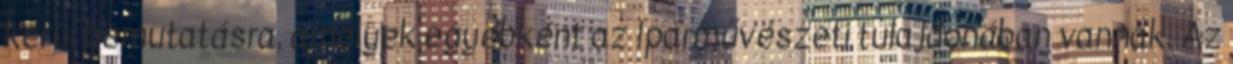
kerül bemutatásra, amelyek egyébként az Iparművészeti tulajdonában vannak. Az